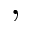
,